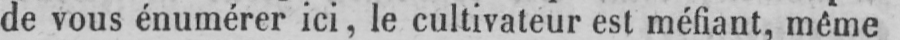
de vous énumérer ici, le cultivateur est méfiant, même